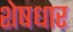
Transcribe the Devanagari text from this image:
शेषधार